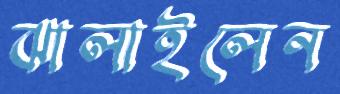
ঝালাইলেন